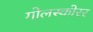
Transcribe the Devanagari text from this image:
गोलस्कोरर